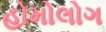
હોમોલોગ